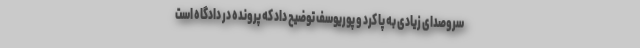
سروصدای زیادی به پا کرد و پوریوسف توضیح داد که پرونده در دادگاه است